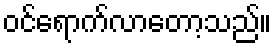
ဝင်ရောက်လာတော့သည်။